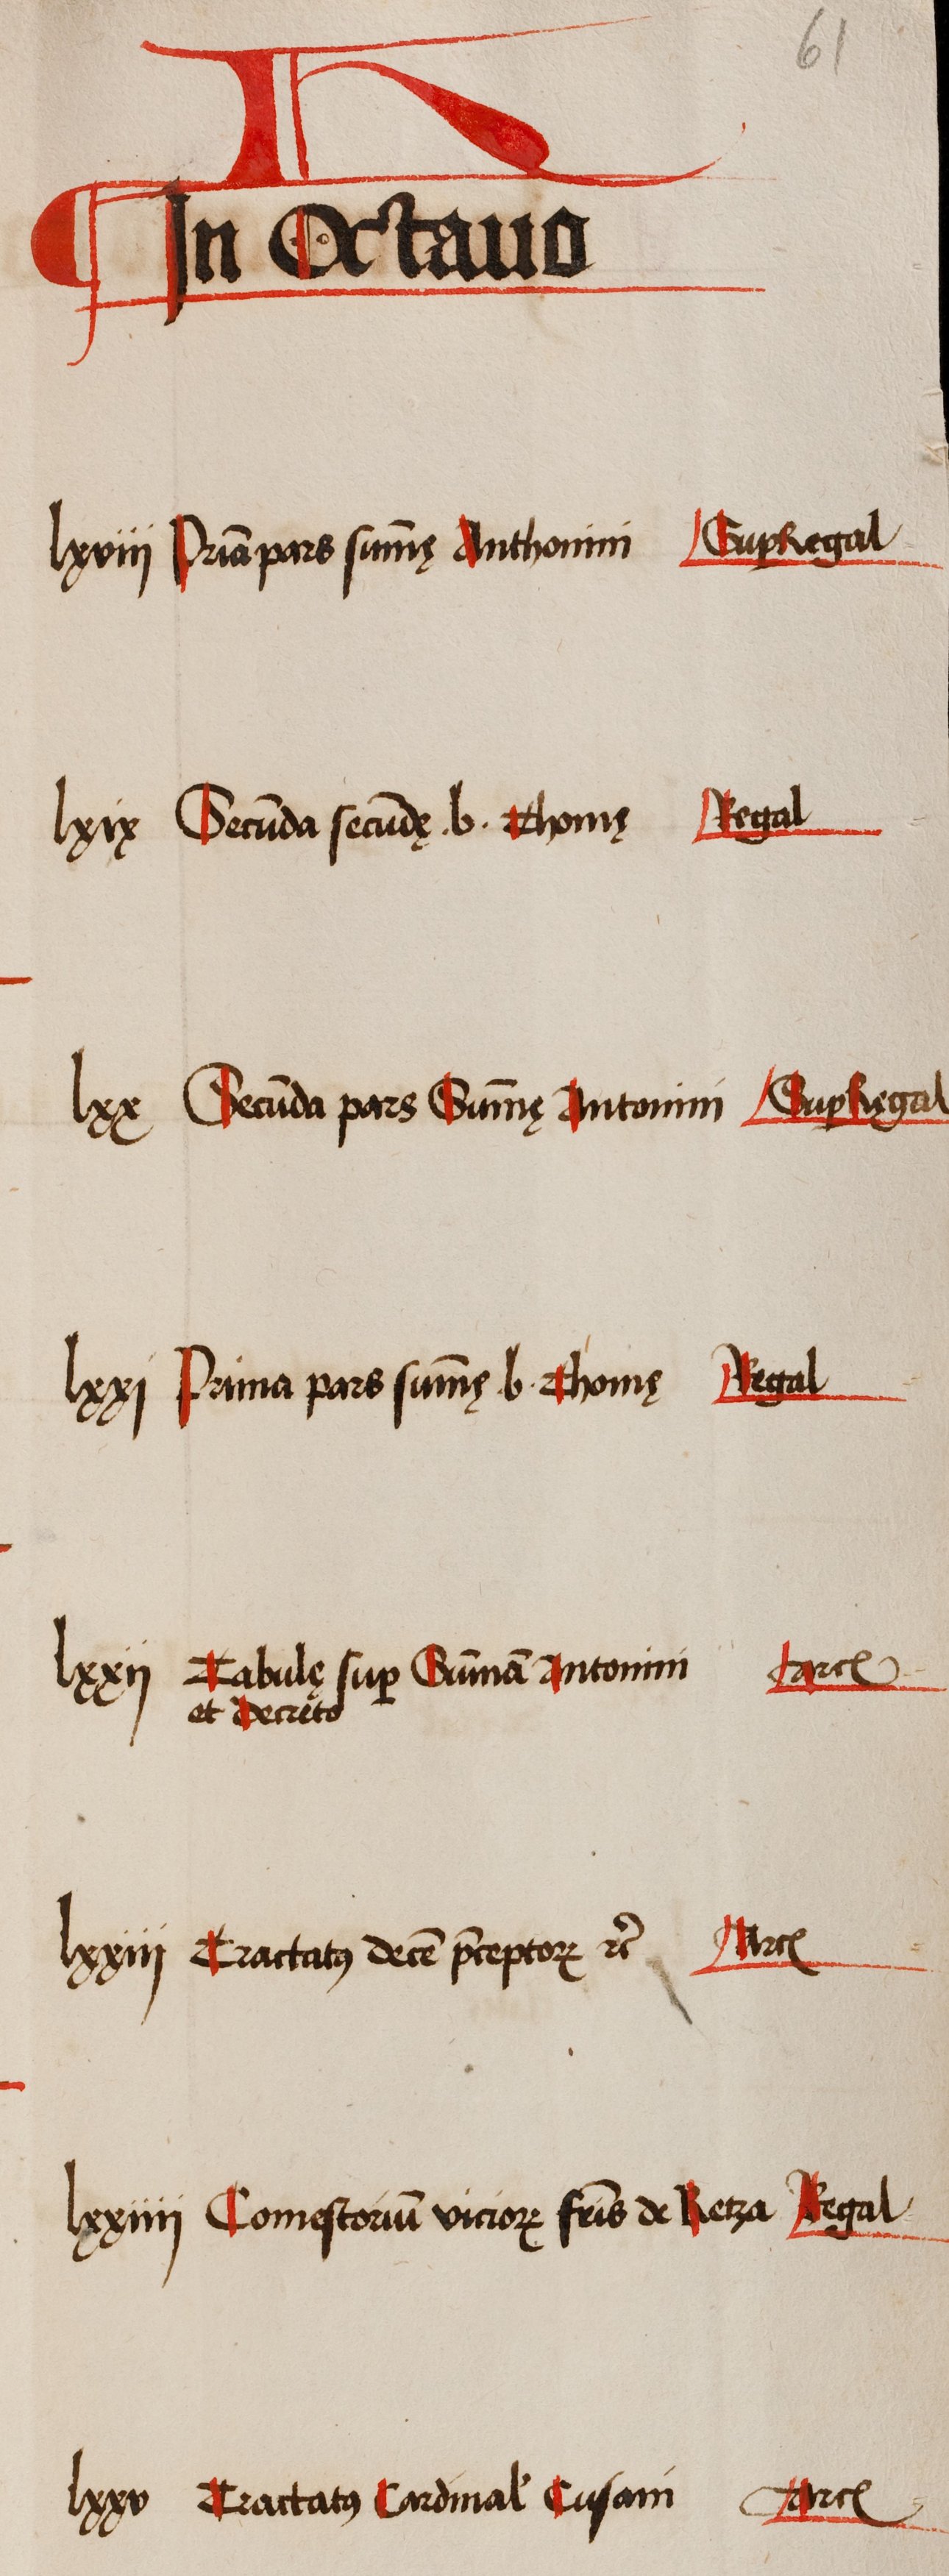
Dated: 1505–1535